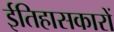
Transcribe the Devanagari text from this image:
ईतिहासकारों